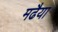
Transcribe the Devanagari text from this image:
मढैया